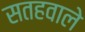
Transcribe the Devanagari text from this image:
सतहवाले